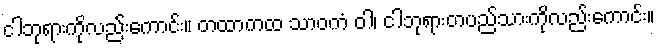
ငါဘုရားကိုလည်းကောင်း။ တထာကထ သာဝကံ ဝါ၊ ငါဘုရားတပည်သားကိုလည်းကောင်း။